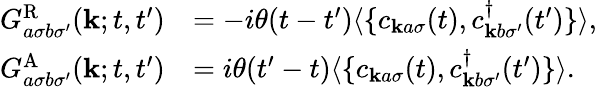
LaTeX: \begin{array}{rl}{G_{a\sigma b\sigma^{\prime}}^{\textrm{R}}(\mathbf{k};t,t^{\prime})}&{=-i\theta(t-t^{\prime})\langle\{ c_{\mathbf{k}a\sigma}(t),c_{\mathbf{k}b\sigma^{\prime}}^{\dagger}(t^{\prime})\} \rangle,}\\ {G_{a\sigma b\sigma^{\prime}}^{\textrm{A}}(\mathbf{k};t,t^{\prime})}&{=i\theta(t^{\prime}-t)\langle\{ c_{\mathbf{k}a\sigma}(t),c_{\mathbf{k}b\sigma^{\prime}}^{\dagger}(t^{\prime})\} \rangle.}\end{array}